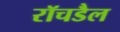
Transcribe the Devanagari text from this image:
रॉचडैल